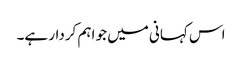
اس کہانی میں جو اہم کردار ہے۔